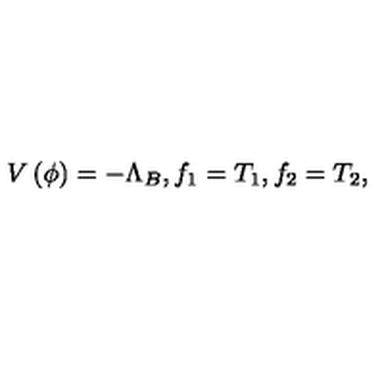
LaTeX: V \left( \phi \right) = - \Lambda _ { B } , f _ { 1 } = T _ { 1 } , f _ { 2 } = T _ { 2 } ,